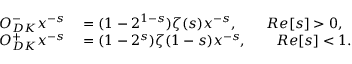
\begin{array} { r l } { O _ { D K } ^ { - } x ^ { - s } } & { { } = ( 1 - 2 ^ { 1 - s } ) \zeta ( s ) x ^ { - s } , \qquad R e [ s ] > 0 , } \\ { O _ { D K } ^ { + } x ^ { - s } } & { { } = ( 1 - 2 ^ { s } ) \zeta ( 1 - s ) x ^ { - s } , \qquad R e [ s ] < 1 . } \end{array}